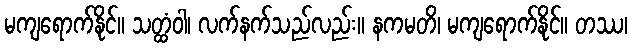
မကျရောက်နိုင်။ သတ္ထံဝါ၊ လက်နက်သည်လည်း။ နကမတိ၊ မကျရောက်နိုင်။ တဿ၊